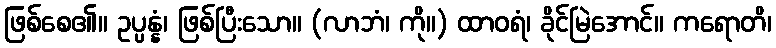
ဖြစ်စေ၏။ ဥပ္ပန္နံ၊ ဖြစ်ပြီးသော။ (လာဘံ၊ ကို။) ထာဝရံ၊ ခိုင်မြဲအောင်။ ကရောတိ၊